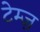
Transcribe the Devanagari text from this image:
टेम्ज़